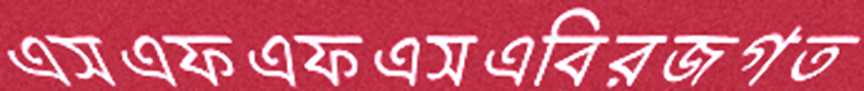
এসএফএফএসএবিরজগত